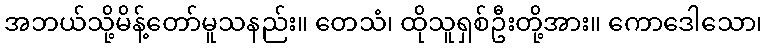
အဘယ်သို့မိန့်တော်မူသနည်း။ တေသံ၊ ထိုသူရှစ်ဦးတို့အား။ ကောဒေါသော၊